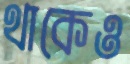
থাকেও